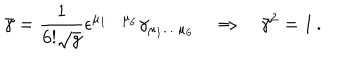
\bar { \gamma } = \frac 1 { 6 ! \sqrt g } \epsilon ^ { \mu _ { 1 } \dots \mu _ { 6 } } \gamma _ { \mu _ { 1 } \dots \mu _ { 6 } } \quad \Rightarrow \quad \bar { \gamma } ^ { 2 } = 1 \, .